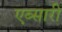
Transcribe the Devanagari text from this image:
एब्सारी